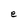
Character: e